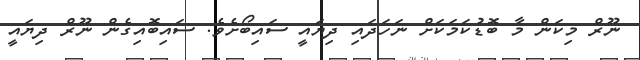
ނޫރް މިކަން މާ ބޮޑުކަމަކަށް ނަހަދައި ދިޔައީ ސައިބޯށެވެ. ސައިބޮއިގެން ނޫރް ދިޔައީ